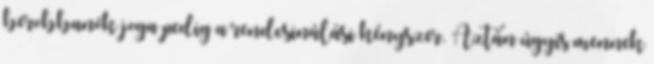
berobbanók joga pedig a rendcsinálási kényszer. Aztán úgyis mennek